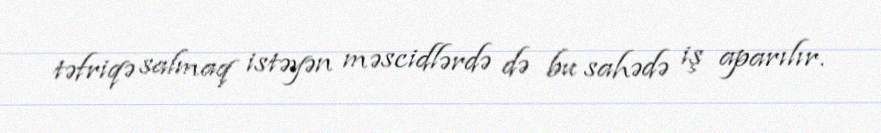
təfriqə salmaq istəyən məscidlərdə də bu sahədə iş aparılır.